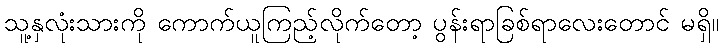
သူ့နှလုံးသားကို ကောက်ယူကြည့်လိုက်တော့ ပွန်းရာခြစ်ရာလေးတောင် မရှိ။